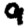
Digit: 9